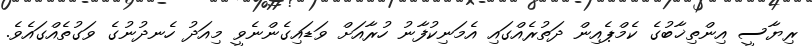
ރިޔާސީ އިންތިޚާބުގެ ކެމްޕެއިން ދަތުރެއްގައި އެމަނިކުފާނު ހުރާއަށް ވަޑައިގެންނެވީ މިއަދު ހެނދުނުގެ ވަގުތެއްގައެވެ.